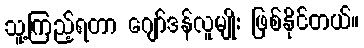
သူ့ကြည့်ရတာ ဂျော်ဒန်လူမျိုး ဖြစ်နိုင်တယ်။